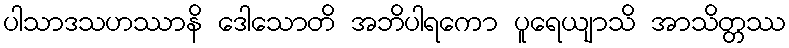
ပါသာဒသဟဿာနိ ဒေါသောတိ အဘိပါရကော ပူရေယျာသိ အာသိတ္တဿ